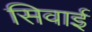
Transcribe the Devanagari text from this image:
सिवाई